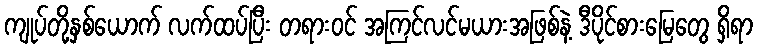
ကျုပ်တို့နှစ်ယောက် လက်ထပ်ပြီး တရားဝင် အကြင်လင်မယားအဖြစ်နဲ့ ဒီပိုင်စားမြေတွေ ရှိရာ